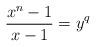
LaTeX: \begin{align*}\frac{x^n-1}{x-1}=y^q\end{align*}